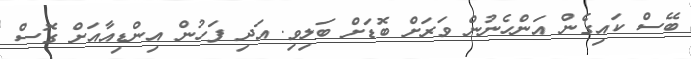
ބޭސް ކައިގެން އަންހެނުން ވަރަށް ބޮޑަށް ބަލިވި. އަދި ފަހުން އިންޑިއާއަށް ގޮސް